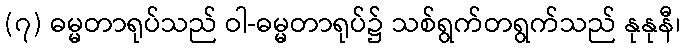
(၇) ဓမ္မတာရုပ်သည် ဝါ-ဓမ္မတာရုပ်၌ သစ်ရွက်တရွက်သည် နုနုနီ၊